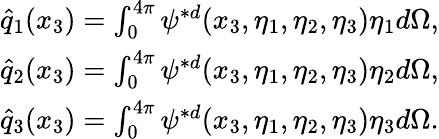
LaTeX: \begin{array}{r}{\hat{q}_{1}(x_{3})=\int_{0}^{4\pi}\psi^{*d}(x_{3},\eta_{1},\eta_{2},\eta_{3})\eta_{1}d\Omega,}\\ {\hat{q}_{2}(x_{3})=\int_{0}^{4\pi}\psi^{*d}(x_{3},\eta_{1},\eta_{2},\eta_{3})\eta_{2}d\Omega,}\\ {\hat{q}_{3}(x_{3})=\int_{0}^{4\pi}\psi^{*d}(x_{3},\eta_{1},\eta_{2},\eta_{3})\eta_{3}d\Omega.}\end{array}